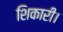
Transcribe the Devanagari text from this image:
शिकारी।